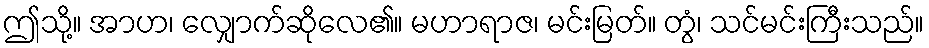
ဤသို့။ အာဟ၊ လျှောက်ဆိုလေ၏။ မဟာရာဇ၊ မင်းမြတ်။ တွံ၊ သင်မင်းကြီးသည်။